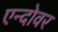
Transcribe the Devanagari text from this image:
एन्दोवर